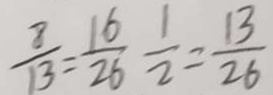
\frac { 8 } { 1 3 } = \frac { 1 6 } { 2 6 } \frac { 1 } { 2 } = \frac { 1 3 } { 2 6 }